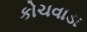
કોચવાડા